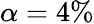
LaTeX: \alpha=4\%